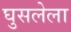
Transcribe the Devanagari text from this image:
घुसलेला